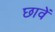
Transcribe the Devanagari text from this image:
छावें